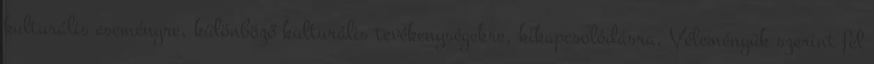
kulturális eseményre, különböző kulturális tevékenységekre, kikapcsolódásra. Véleményük szerint fel